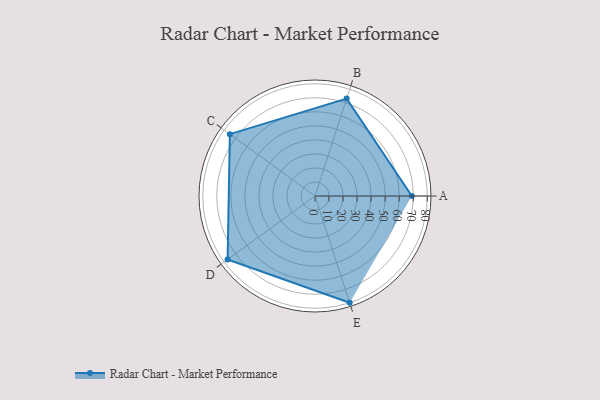
{"axis": {"x": "Skill", "y": "Score"}, "legend": ["Profile"], "data": [{"x": "A", "y": 69.0, "type": "Profile"}, {"x": "B", "y": 73.0, "type": "Profile"}, {"x": "C", "y": 75.0, "type": "Profile"}, {"x": "D", "y": 77.0, "type": "Profile"}, {"x": "E", "y": 80.0, "type": "Profile"}]}